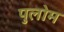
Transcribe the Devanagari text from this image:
पुलोम